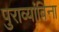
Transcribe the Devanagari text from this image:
पुराव्यांविना